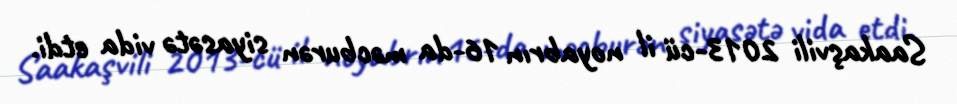
Saakaşvili 2013-cü il noyabrın 16-da məcburən siyasətə vida etdi.